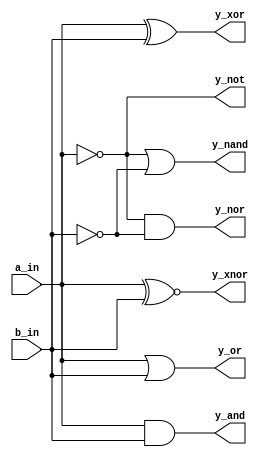
`timescale 1ns / 1ps
module all_gates(
    input a_in,
    input b_in,
    output y_not,
    output y_and,
    output y_or,
    output y_xor,
    output y_nand,
    output y_nor,
    output y_xnor
    );
    assign y_not = ~a_in;
    assign y_and = a_in & b_in;
    assign y_or = a_in | b_in;
    assign y_xor = a_in ^ b_in;
    assign y_nand = ~a_in | ~b_in;
    assign y_nor = ~a_in & ~b_in;
    assign y_xnor = a_in ~^ b_in;
endmodule